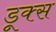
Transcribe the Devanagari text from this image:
डूक्स